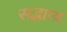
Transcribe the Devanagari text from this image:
सद्भाग्य